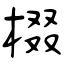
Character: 棳